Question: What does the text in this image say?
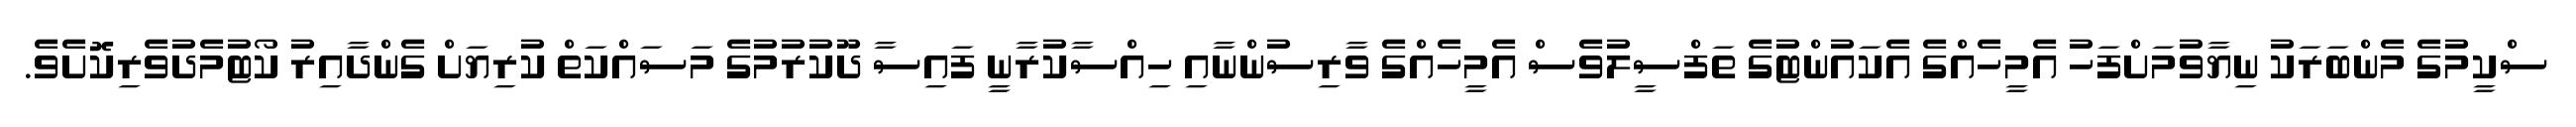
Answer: ސްކީމުގެ މެންބަރަކު ނިޔާވުމަށްފަހު އެމީހެއްގެ އެކައުންޓުގެ ތަފްސީލުވެސް އެމީހެއްގެ ވާރިސުންނާއި ހިއްސާކުރާނީ ފައިސާ ދޫކުރުމުގެ މަސައްކަތް ކުރިޔަށް ގެންދާއިރު ކޯޓުމެދުވެރިކޮށެވެ.